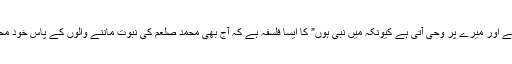
” میں نبی ہوں کیونکہ میرے پر وحی آتی ہے اور میرے پر وحی آتی ہے کیونکہ میں نبی ہوں” کا ایسا فلسفہ ہے کہ آج بھی محمد صلعم کی نبوت ماننے والوں کے پاس خود محمد صلعم کی اپنی ذات کے کوئی دلیل نہیں۔